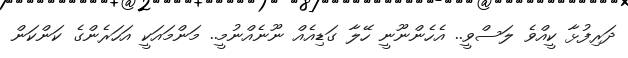
ދަރިފުޅާ ކީއްވެ ލަސްވީ.. އެހެންނޫނީ ހޭލާ ގަޑިއެއް ނޫނެއްނުމީ.. މަންމައަކީ އަހަރެންގެ ކަންކަން